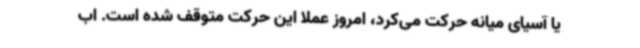
یا آسیای میانه حرکت می‌کرد، امروز عملا این حرکت متوقف شده است. اب